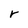
Character: r